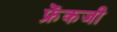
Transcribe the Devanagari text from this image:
फ्रेंकजी